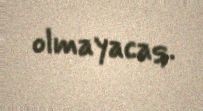
olmayacaq.